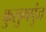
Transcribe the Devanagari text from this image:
कुसुमपुंज